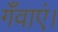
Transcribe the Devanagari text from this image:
गँवाएं।